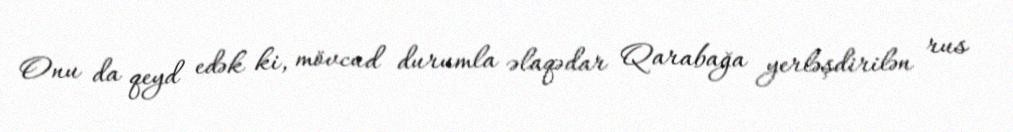
Onu da qeyd edək ki, mövcud durumla əlaqədar Qarabağa yerləşdirilən rus